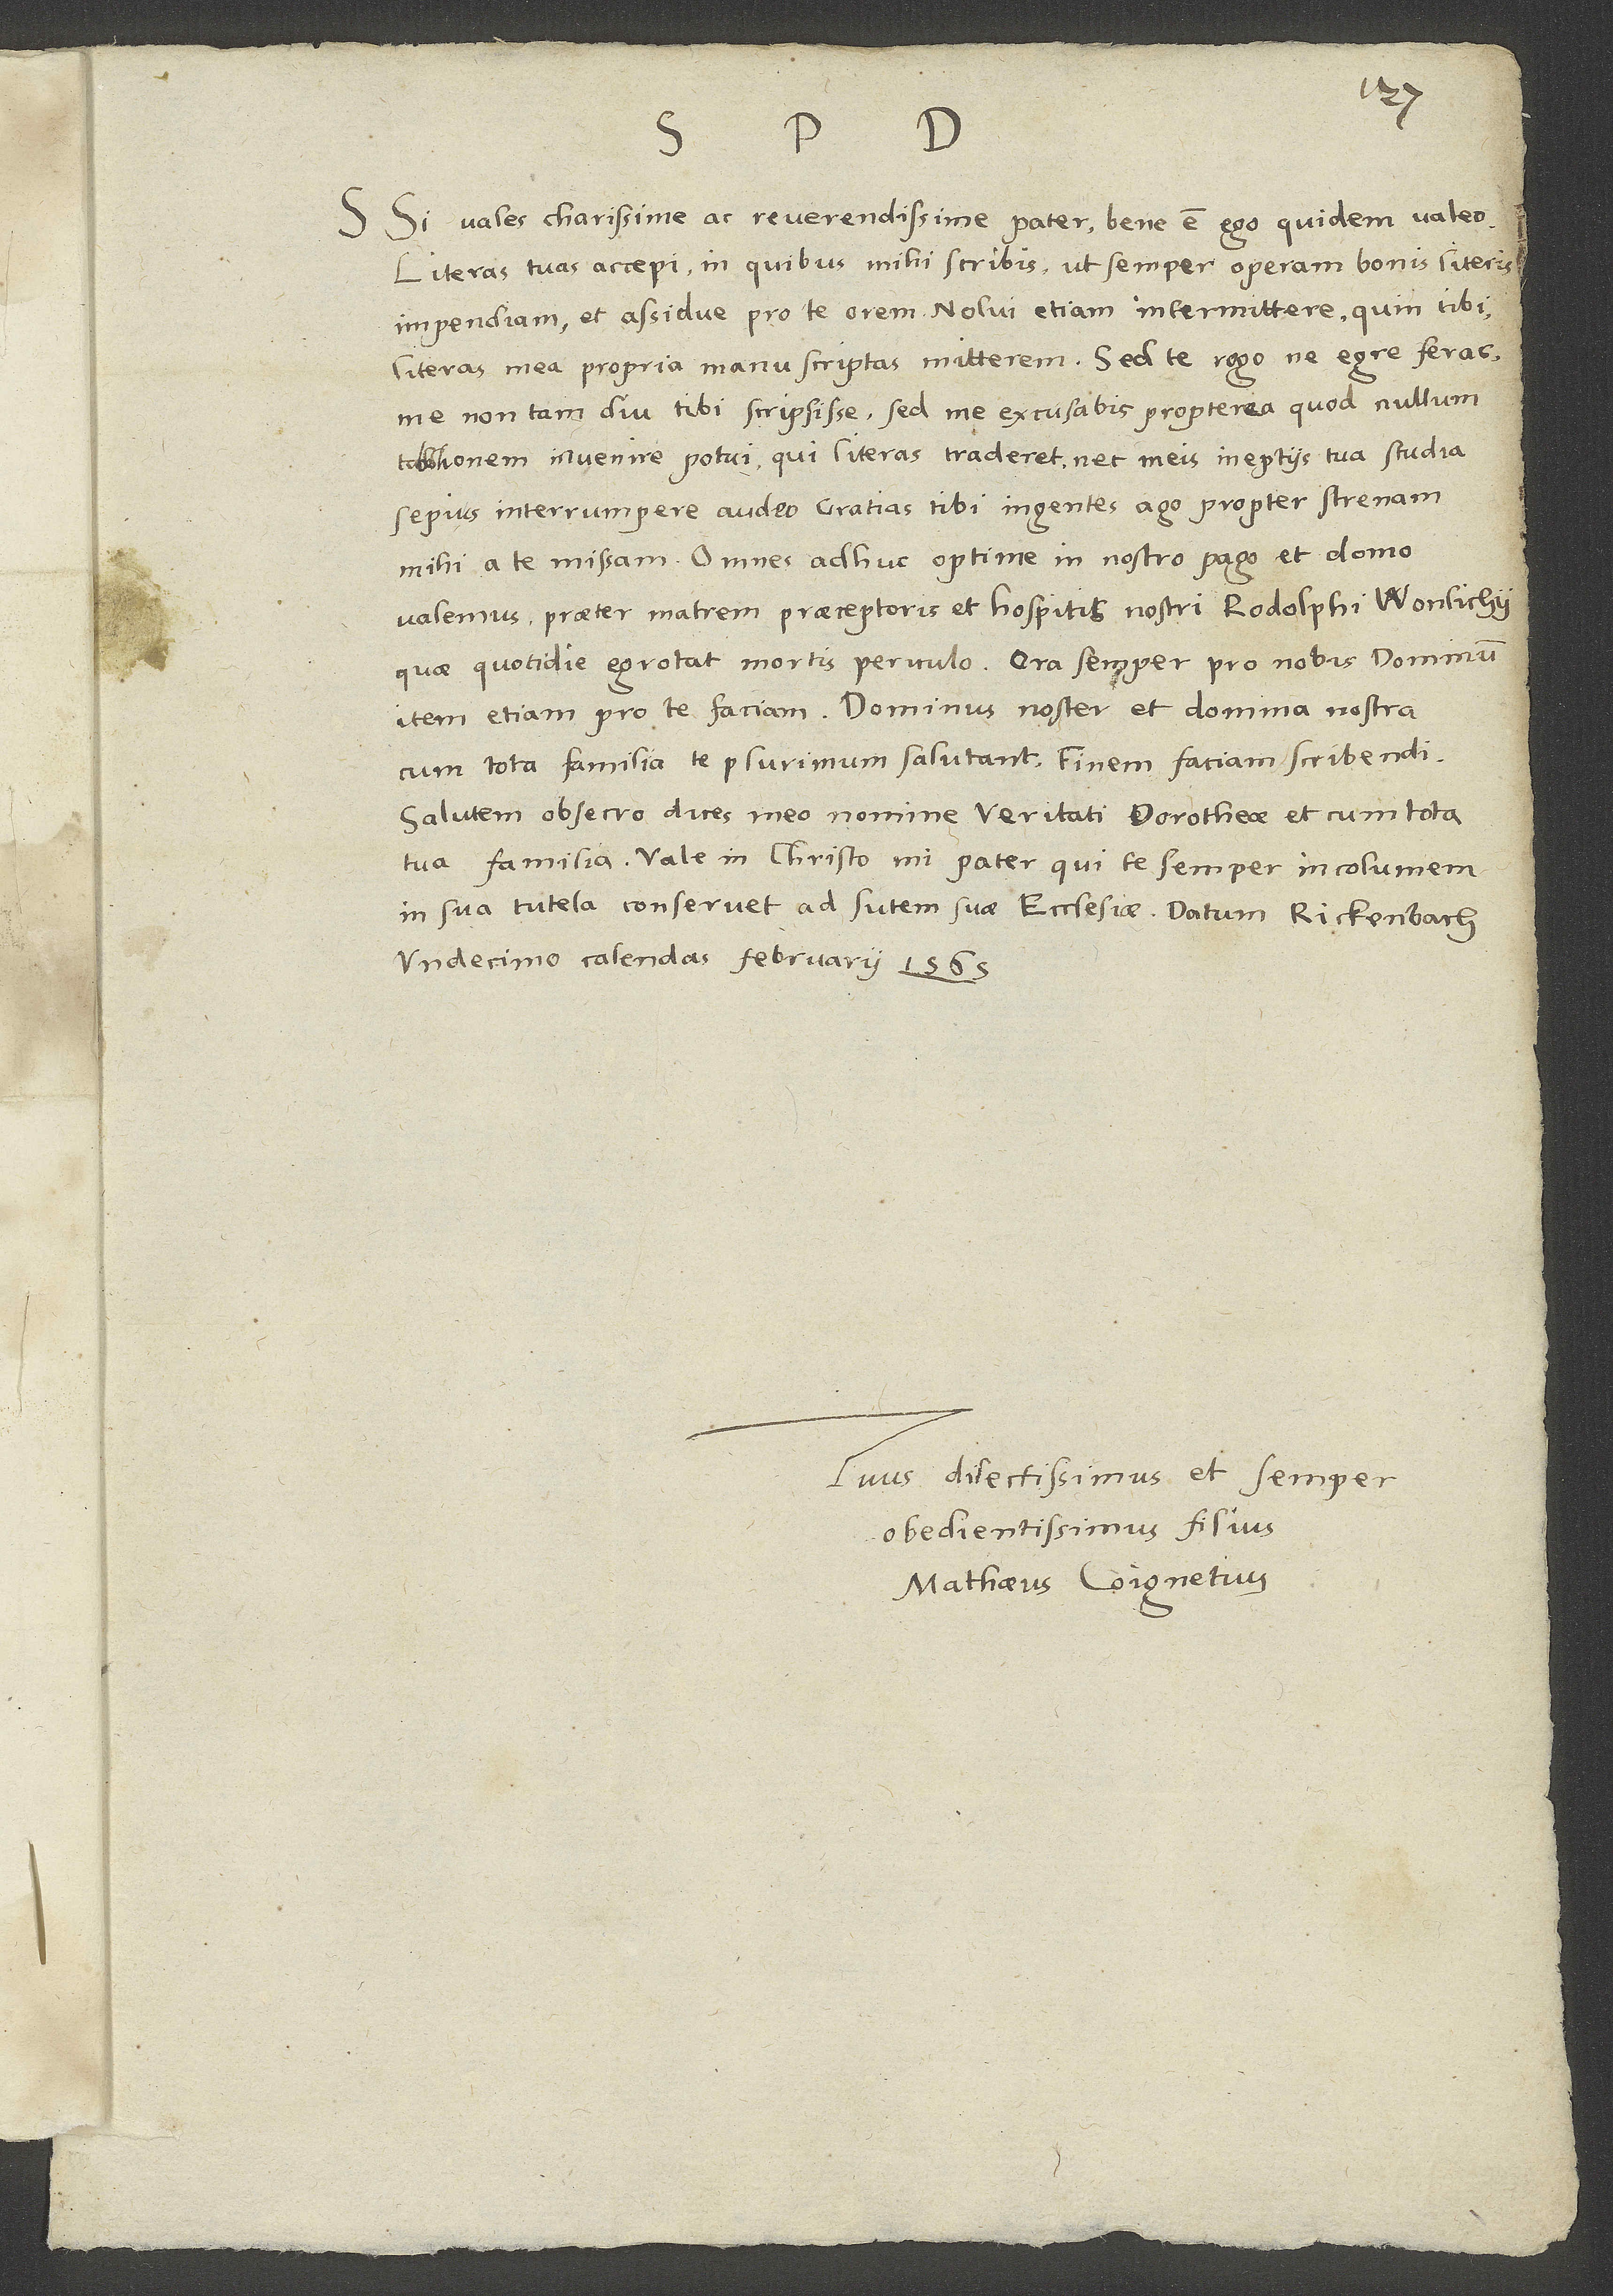
D.
S. si vales, clarissime ac reverendissime pater, bene est; ego quidem valeo.
Literas tuas accepi, in quibus mihi scribis, ut semper operam bonis literis
literas mea propria manu scriptas mitterem. Sed te rogo, ne egre feras
me non tam diu tibi scripsisse; sed me excusabis propterea, quod nullum
tabellionem invenire potui, qui literas traderet, nec meis ineptiis tua studia
sepius interrumpere audeo. Gratias tibi ingentes ago propter strenam
valemus praeter matrem praeceptoris et hospitis nostri Rodolphi Wonlichii,
item etiam pro te faciam. Dominus noster et domina nostra
Salutem, obsecro, dices meo nomine Veritati, Dorotheae et cum tota
undecimo calendas februarii 1565.
Tuus dilectissimus et semper
obedientissimus filius
Mathaeus Coignetius.